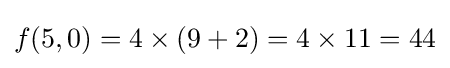
f(5,0)=4\times (9+2)=4\times 11=44